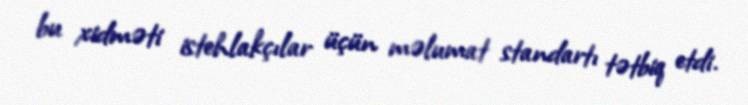
bu xidməti istehlakçılar üçün məlumat standartı tətbiq etdi.